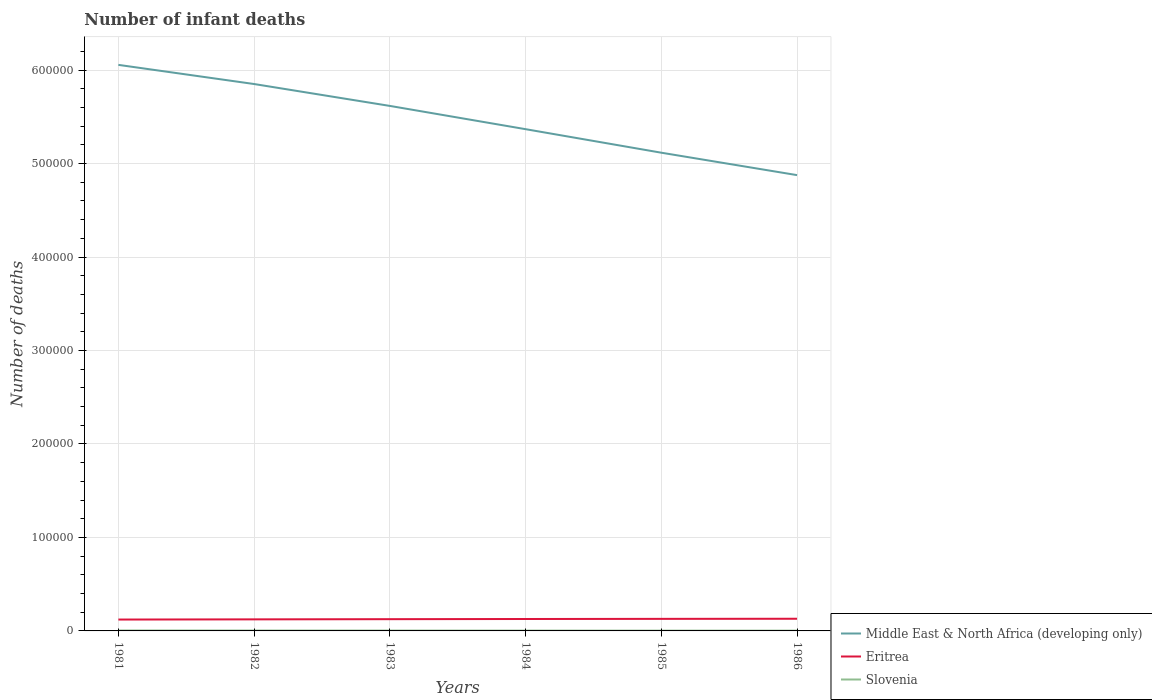
| Years | Middle East & North Africa (developing only) | Eritrea | Slovenia |
 | --- | --- | --- | --- |
 | 1981 | 6.06e+05 | 1.22e+04 | 464 |
 | 1982 | 5.85e+05 | 1.24e+04 | 424 |
 | 1983 | 5.62e+05 | 1.26e+04 | 387 |
 | 1984 | 5.37e+05 | 1.28e+04 | 355 |
 | 1985 | 5.12e+05 | 1.29e+04 | 322 |
 | 1986 | 4.88e+05 | 1.3e+04 | 295 |